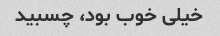
خیلی خوب بود، چسبید